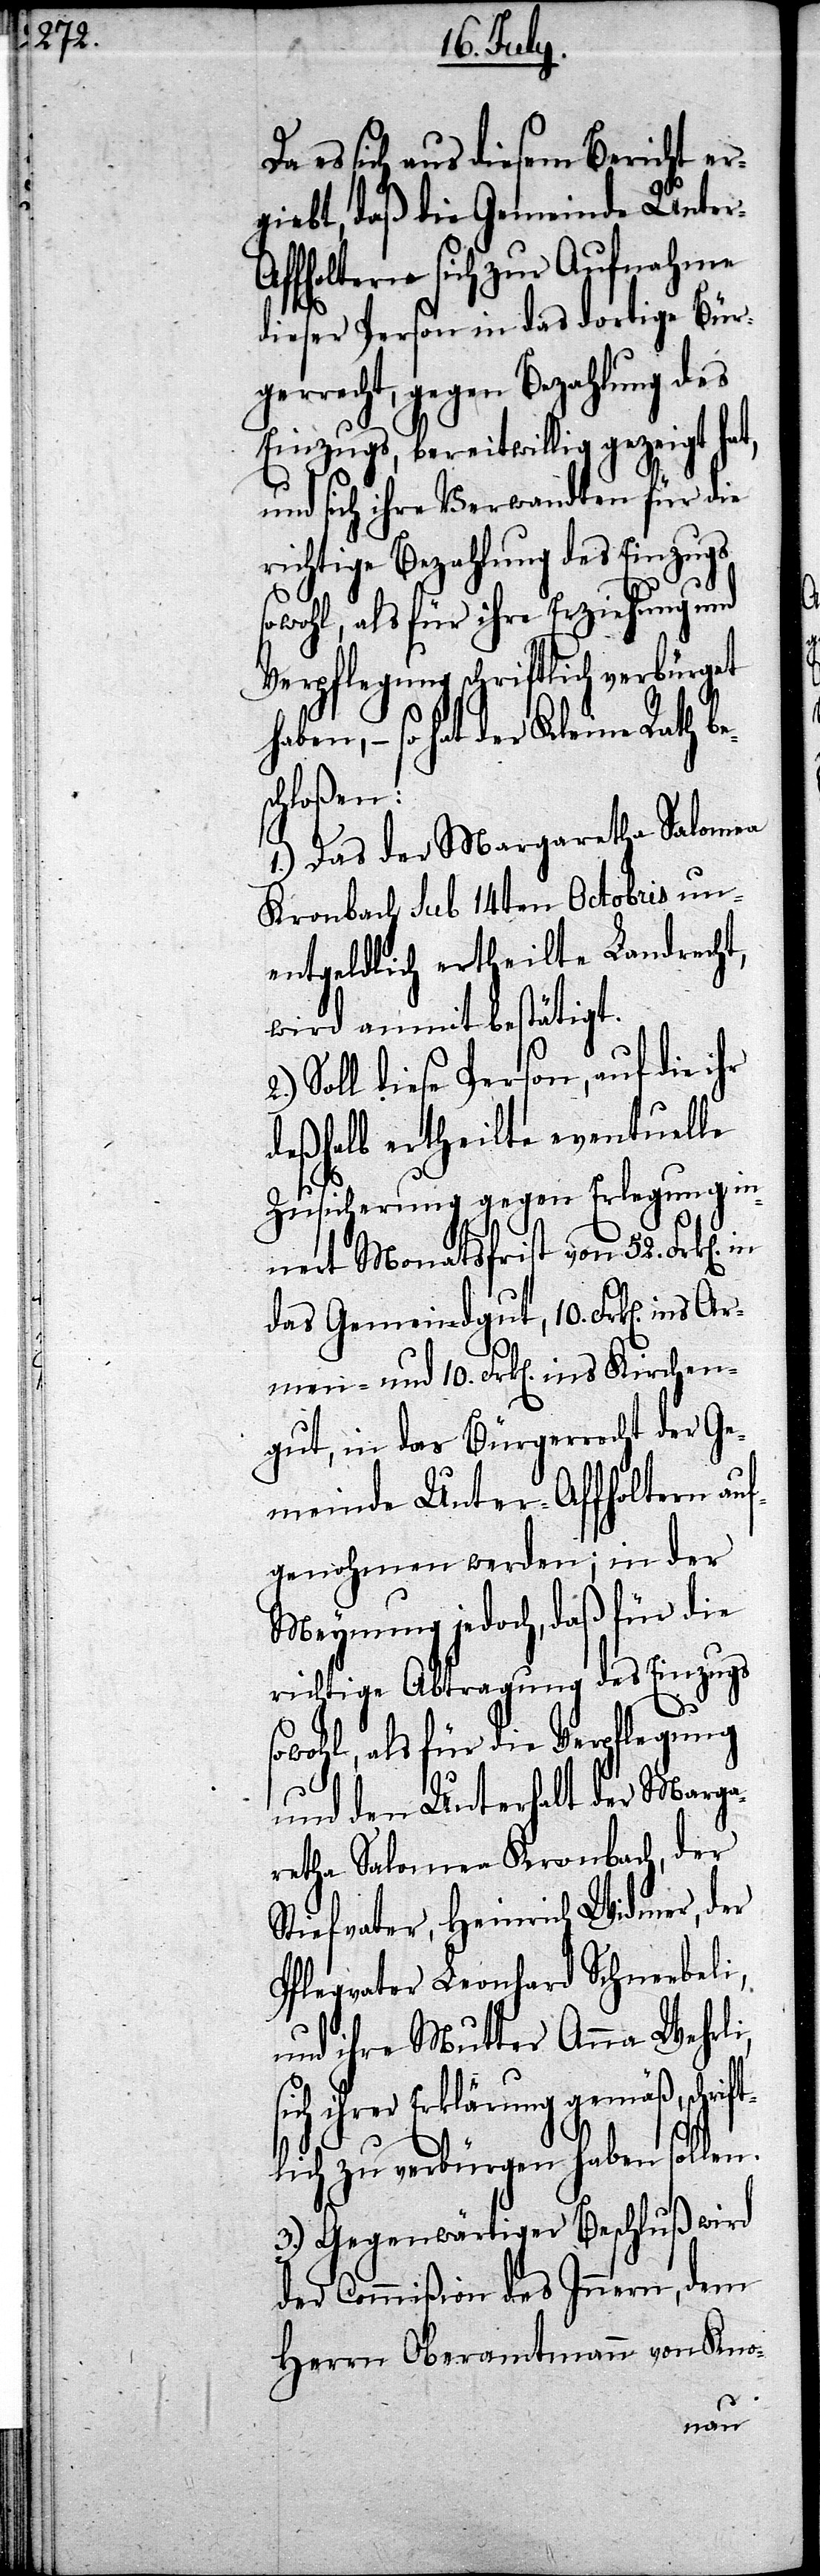
Da es sich aus diesem Bericht er¬
giebt, daß die Gemeinde Unter¬
affholtern sich zur Aufnahme
dieser Person in das dortige Bürge¬
rrecht, gegen Bezahlung des
Einzugs, bereitwillig gezeigt hat,
und sich ihre Verwandten für die
richtige Bezahlung des Einzugs
sowohl, als für ihre Erziehung und
Verpflegung schriftlich verbürgert
hat der Kleine Rath b¬
chen¬
1.) Das der Margaretha Salomea
Kronbach sub 14ten Octobris un¬
entgeldlich ertheilte Landrecht,
wird anmit bestätigt.
Soll diese Person, auf die ihr
deßhalb ertheilte eventuelle
Zusicherung gegen Erlegung in¬
nert Monatsfrist von 52. Frk[en].
das Gemeindgut, 10. Frk[en]. ins
Armen- und 10. Frk[en]. ins Kir¬
gut, in das Bürgerrecht der Ge¬
meinde Unter-Affholtern auf¬
genohmen werden; in der
Meynung jedoch, daß für die
richtige Abtragung des Einzugs
sowohl, als für die Verpflegung
und den Unterhalt der Marga¬
retha Salomea Kronbach, der
Stiefvater, Heinrich Widmer, der
Pflegevater Leonhard Schneebeli,
und ihre Mutter Anna Wehrli,
ihrer Erklärung gemäß, schrif¬
tlich zu verbürgen haben sollen.
3.) Gegenwärtiger Beschluß wird
der Commißion des Innern, dem
Herrn Oberamtmann von Kno-
es¬